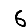
Digit: 6